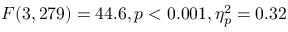
F ( 3 , 2 7 9 ) = 4 4 . 6 , p < 0 . 0 0 1 , \eta _ { p } ^ { 2 } = 0 . 3 2